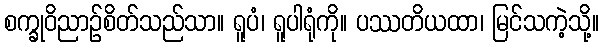
စက္ခုဝိညာဉ်စိတ်သည်သာ။ ရူပံ၊ ရူပါရုံကို။ ပဿတိယထာ၊ မြင်သကဲ့သို့။